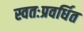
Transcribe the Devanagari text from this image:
स्वतःप्रवर्धित